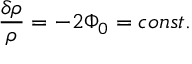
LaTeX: \frac { \delta \rho } { \rho } = - 2 \Phi _ { 0 } = c o n s t .